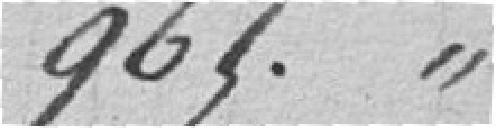
965,00 francs